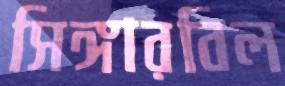
সিঙ্গারবিল